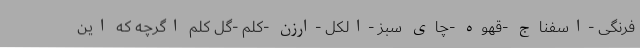
فرنگی -اسفناج -قهوه -چای سبز -الکل -ارزن -کلم -گل کلم اگرچه که این